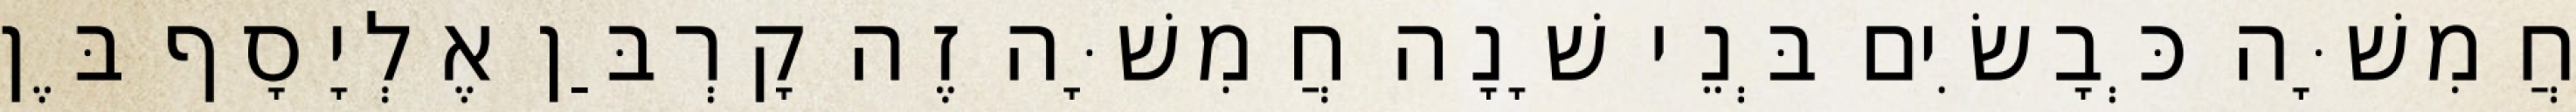
חֲמִשָּׁה כְּבָשִׂים בְּנֵי שָׁנָה חֲמִשָּׁה זֶה קָרְבַּן אֶלְיָסָף בֶּן